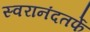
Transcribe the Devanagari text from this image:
स्वरानंदतर्फे